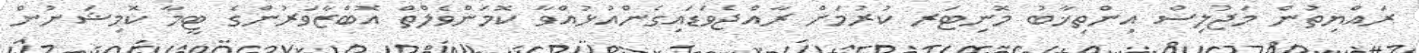
ރައްޔިތުން މަޖުލިސް އިންތިޚާބު މޮނިޓަރ ކުރުމަށް ރާއްޖެވަޑައިގެންއުޅުއްވާ ކޮމަންވެލްތް އޮބްޒާވަރުންގެ ޓީމާ ކޮމިޝަނުން